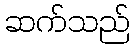
ဆက်သည်